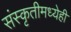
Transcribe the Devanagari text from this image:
संस्कृतीमध्येही